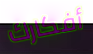
أفكارك